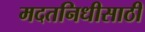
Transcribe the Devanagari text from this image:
मदतनिधीसाठी